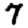
Digit: 7